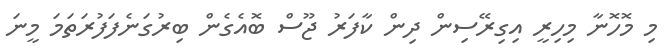
މި މޮހޮނާ މިހިރީ އިގިރޭސިން ދިން ކާފަރު ޖޫސް ބޮއެގެން ބިރުގަނެފަފުރަތަމަ މީނަ